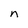
Character: n